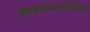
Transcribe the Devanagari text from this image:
इन्फ़्लम्मतोरिएस